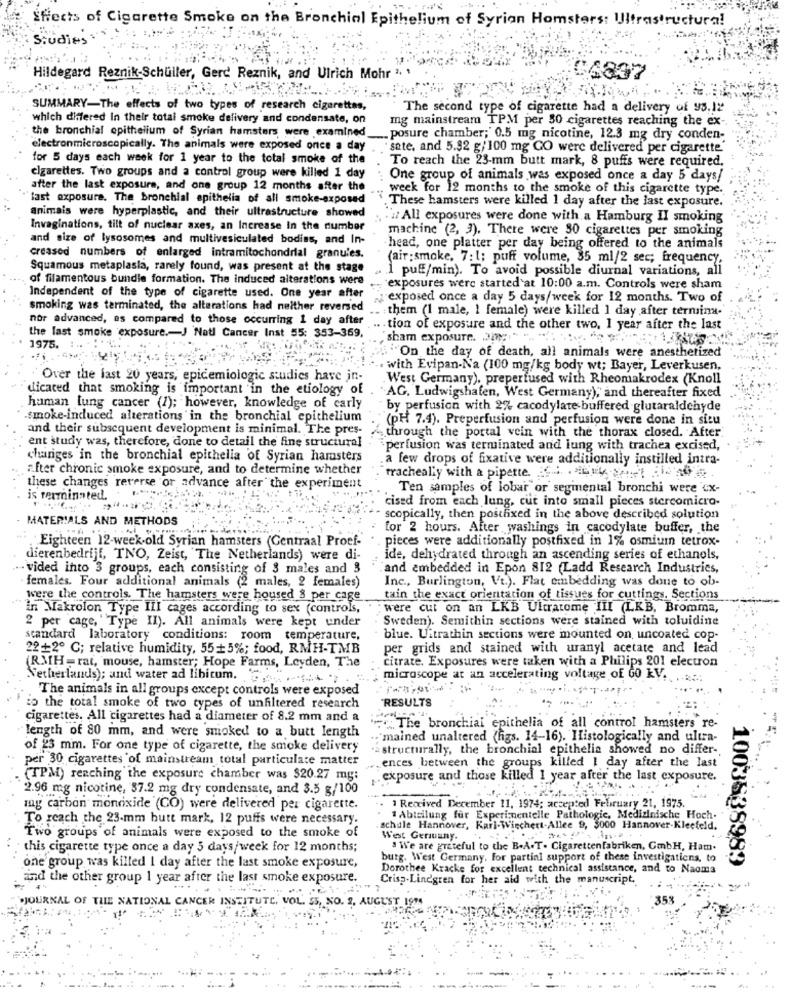
Sfects of Cigarette Smoke on the Bronchial Epithelium of Syrian Homsters: Ultrastructura!
Studies
Hildegard Reznik-Schüller, Gerd Reznik, and Ulrich Mohr ",
SUMMARY-The effects of two types of research cigarettes,
The second type of cigarette had a delivery of 95.12
which differed In their total smoke delivery and condensate, on
mg mainstream TPM per 50 cigarettes reaching the ex -.
the bronchial epithelium of Syrian hamsters were examined
posure chamber;' 0.5 mg nicotine, 12.3 mg dry conden-
electronmicroscopically. The animals were exposed once a day
"sate. and 5.82 g/100 mg GO were delivered per cigarette
for 5 days each week for 1 year to the total smoke of the
To reach the 23-mm butt mark, 8 puffs were required.
cigarettes. Two groups and a control group were killed 1 day
One group of animals was exposed once a day 5 days/
after the last exposure, and one group 12 months after the
week for 12 months to the smoke of this cigarette type.
"last exposure. The bronchial apithelia of all smoke-exposed
.These hamsters were killed 1 day after the last exposure.
animais were hyperplastic, and their ultrastructure showed
: . : All exposures were done with a Hamburg II smoking
Invaginations, tilt of nuclear axes, an Increase In the number
machine (2, 3). There were 30 cigarettes per smoking
and size of lysosomes and multivesiculated bodies, and In-
head, one platter per day being offered to the animals
creased numbers of enlarged intramitochondrial granules.
(air:smoke, 7: 1; puff volume, 35 ml/2 sec; frequency.
Squamous metaplasia, rarely found, was present at the stage
1 puff/min). To avoid possible diurnal variations, all
of filamentous bundle formation. The induced alterations were
exposures were started at 10:00 a.m. Controls were sham
Independent of the type of cigarette used. One year after
exposed once a day 5 days/week for 12 months. Two of
smoking was terminated, the alterations had neither reversed
them (1 male, 1 female) were killed 1 day after terminy.
nor advanced, as compared to those occurring 1 day after
the last smoke exposure .- J Natl Cancer Inst 55: 353-369,
tion of exposure and the other two, 1 year after the last
sham exposure. 2ay: " " .. .. .... . ... :: 1292
1975.
""On the day of death, all animals were anesthetized
. with Evipan-Na (100 mg/kg body wt; Bayer, Leverkusen,
Over the last 20 years, epidemiologic studies have in-
West Germany), preperfused with Rheomakrodex (Knoll
dicated that smoking is important in the etiology of
AG, Ludwigshafen, West Germany), and thereafter fixed
human lung cancer (1); however, knowledge of carly
by perfusion with 2% cacodylate buffered glutaraldehyde
smoke-induced alterations'in the bronchial epithelium
(PH 7.4). Preperfusion and perfusion were done in situ
and their subsequent development is minimal. The pres-
through the portal vein with the thorax closed. After
ent study was, therefore, done to detail the fine structural
perfusion was terminated and lung with trachea excised,
chariges in the bronchial epithelia of Syrian harasters
a few drops of fixative were additionally instilled intra-
after chronic smoke exposure, and to determine whether
tracheally with a pipette. .. . . [ 10 90
these changes reverse or advance after the experiment
Ten samples of lobar or segmental bronchi were cx-
is terminated.
cised from each lung, cut into small pieces stercomicro-
MATERIALS AND METHODS
scopically, then posthixed in the above described solution
for 2 hours. After washings in cacodylate buffer, the
Eighteen 12-week-old Syrian hamsters (Centraal Proef-"
pieces were additionally postfixed in 1% osmium tetrox-
dierenbedrijf, TNO, Zeist, The Netherlands) were di-
ide, dehydrated through an ascending series of ethanols,
-- vided into 3 groups, each consisting of $ males and 3
and embedded in Epon 812 (Ladd Research Industries,
females. Four additional animals (2 males, 2 females)
Inc ., Burlington, Vt.). Flat embedding was done to ob-
were the controls. The hamsters were housed 8 per cage
tain the exact orientation of tissues for cuttings. Sections
in Makrolon Type III cages according to sex (controls,
: were cut on an LKB Ultratome III (LKB, Bromma,
2 per cage, " Type II). All animals were kept under
Sweden). Semithin sections were stained with toluidine
standard laboratory conditions: room temperature,
blue. Ultrathin sections were mounted on uncoated cop-
22+2º C; relative humidity, 55 +5%; food, RMH-TMB
per grids and stained with uranyl acetate and lead
citrate. Exposures were taken with a Philips 201 electron
RMH- rat, mouse, hamster; Hope Farms, Leyden, The
Netherlands); and water ad libitum.
microscope at an accelerating voltage of 60 kV.
The animals in all groups except controls were exposed
'RESULTS
io the total smoke of two types of unfiltered research
cigarettes. All cigarettes had a diameter of 8.2 mm and a
"""" The bronchial epithelia of all control hamsters re-
length of 80 mm, and were smoked to a butt length
'mained unaltered (figs. 14-16). Histologically and ultra-
of 23 mm. For one type of cigarette, the smoke delivery
structurally, the bronchial epithelis showed no differ-
per 30 cigarettes of mainstream total particulate matter
„ences between the groups killed I day after the last
(TPM) reaching the exposure chamber was $20.27 my:
exposure and those killed 1 year after the last exposure.
2.96 mg nicotine, 37.2 mg dry condensate, and 3.5 g/100
mg carbon monoxide (CO) were delivered per cigarette.
1 Received December 11, 1974; accepted February 21, 1975.
To reach the 23.mm butt mark, 12 puffs were necessary.
1 Abteilung für Experimentelle Pathologie, Medizinische Hoch-
schule Hannover, Karl-Wiechert-Allee 9, $000 Hannover-Kleefeld.
Two groups of animals were exposed to the smoke of
West Geruany.
this cigarette type once a day 5 days/week for 12 months;
. We are grateful to the B.A.T. Cigarettenfabriken, GmbH, Ham.
burg. West Germany, For partial support of these investigations, to
one group was killed I day after the last smoke exposure,
Dorothee Kracke for excellent technical assistance, and to Naoma
1003838983
and the other group 1 year after the last smoke exposure.
Crisp.Lindgren for her aid with the manuscript.
JOURNAL OF THE NATIONAL CANCER INSTITUTE, VOL. 53, NO. 2. AUGUST 1914